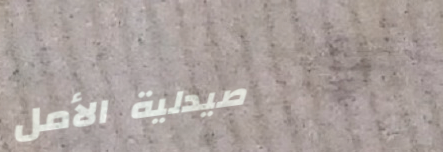
صيدلية الأمل